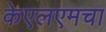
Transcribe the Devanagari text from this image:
केएलएमचा